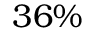
3 6 \%